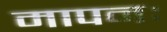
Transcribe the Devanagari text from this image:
मापनः